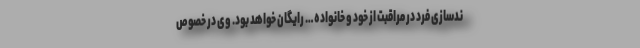
ندسازی فرد در مراقبت از خود و خانواده… رایگان خواهد بود. وی در خصوص